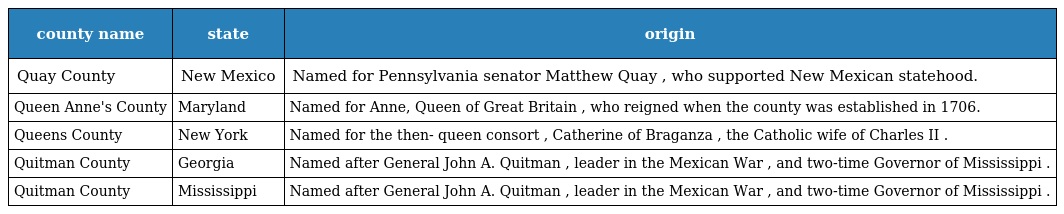
| county name | state | origin |
 | --- | --- | --- |
 | Quay County | New Mexico | Named for Pennsylvania senator Matthew Quay , who supported New Mexican statehood. |
 | Queen Anne's County | Maryland | Named for Anne, Queen of Great Britain , who reigned when the county was established in 1706. |
 | Queens County | New York | Named for the then- queen consort , Catherine of Braganza , the Catholic wife of Charles II . |
 | Quitman County | Georgia | Named after General John A. Quitman , leader in the Mexican War , and two-time Governor of Mississippi . |
 | Quitman County | Mississippi | Named after General John A. Quitman , leader in the Mexican War , and two-time Governor of Mississippi . |